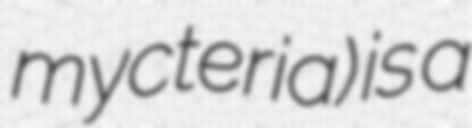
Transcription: mycteria) is a